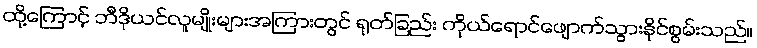
ထို့ကြောင့် ဘီဒိုယင်လူမျိုးများအကြားတွင် ရုတ်ခြည်း ကိုယ်ရောင်ဖျောက်သွားနိုင်စွမ်းသည်။